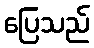
ပြေသည်